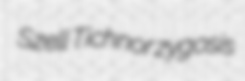
Szell Tichnor zygosis